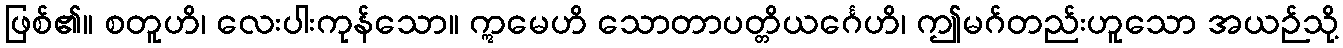
ဖြစ်၏။ စတူဟိ၊ လေးပါးကုန်သော။ ဣမေဟိ သောတာပတ္တိယင်္ဂေဟိ၊ ဤမဂ်တည်းဟူသော အယဉ်သို့